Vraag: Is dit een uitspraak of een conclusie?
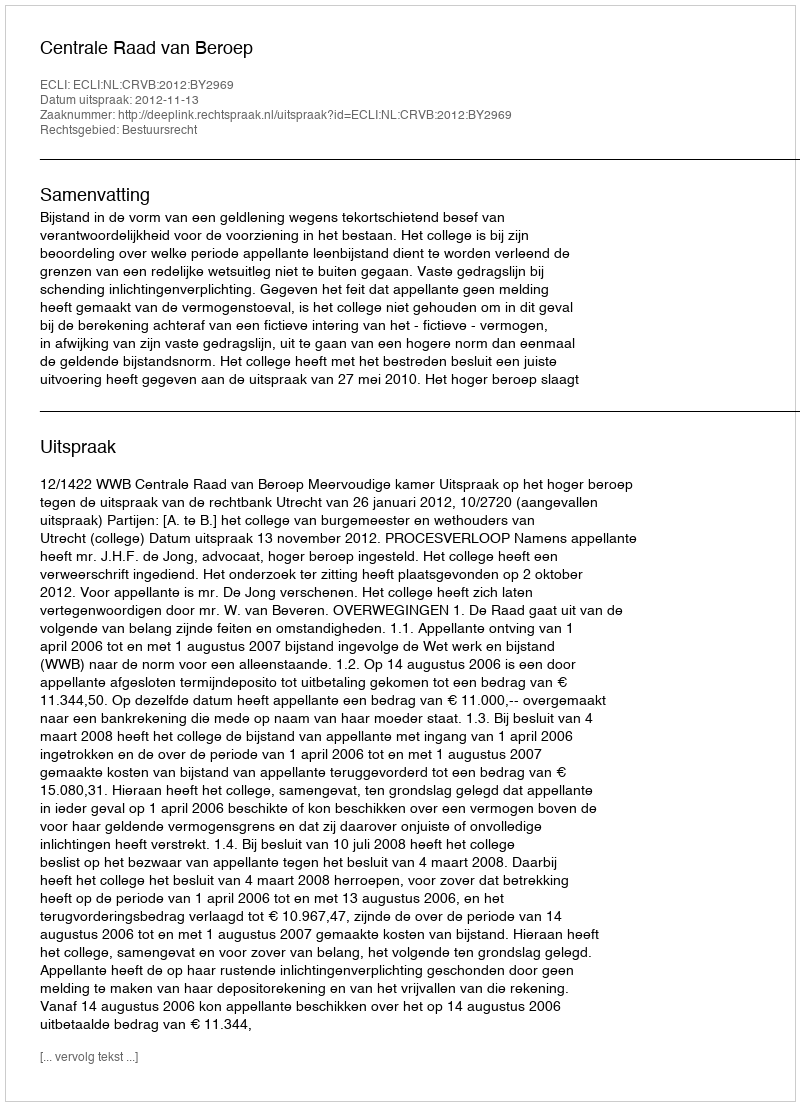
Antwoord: Uitspraak